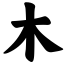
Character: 木